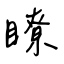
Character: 瞭